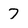
Character: 7